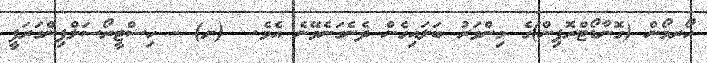
ހޯރމޯން (ގޮނާޑޯޓްރޮޕިން)ގެ މިންވަރު ބަލައިގެން ދެނެގަނެވޭނެ އެވެ.  (ށ) - ހިސްޓީރޯސަލްޕިންގަރަފީ